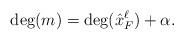
LaTeX: \begin{align*}\deg(m)=\deg(\hat{x}_F^\ell)+\alpha.\end{align*}